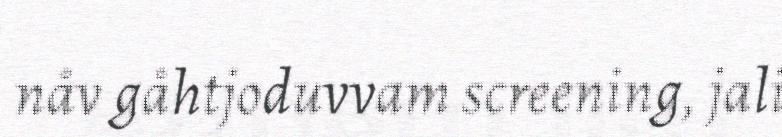
nåv gåhtjoduvvam screening, jali